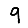
Digit: 9